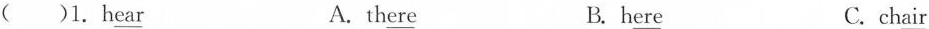
( )1. Hear A.there B. here C. chair